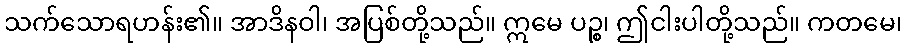
သက်သောရဟန်း၏။ အာဒိနဝါ၊ အပြစ်တို့သည်။ ဣမေ ပဉ္စ၊ ဤငါးပါတို့သည်။ ကတမေ၊